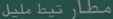
مطلع تيب ميلل